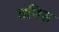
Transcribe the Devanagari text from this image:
वनिस